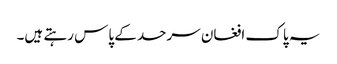
یہ پاک افغان سرحد کے پاس رہتے ہیں۔